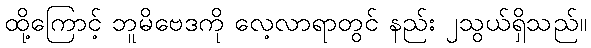
ထို့ကြောင့် ဘူမိဗေဒကို လေ့လာရာတွင် နည်း ၂သွယ်ရှိသည်။